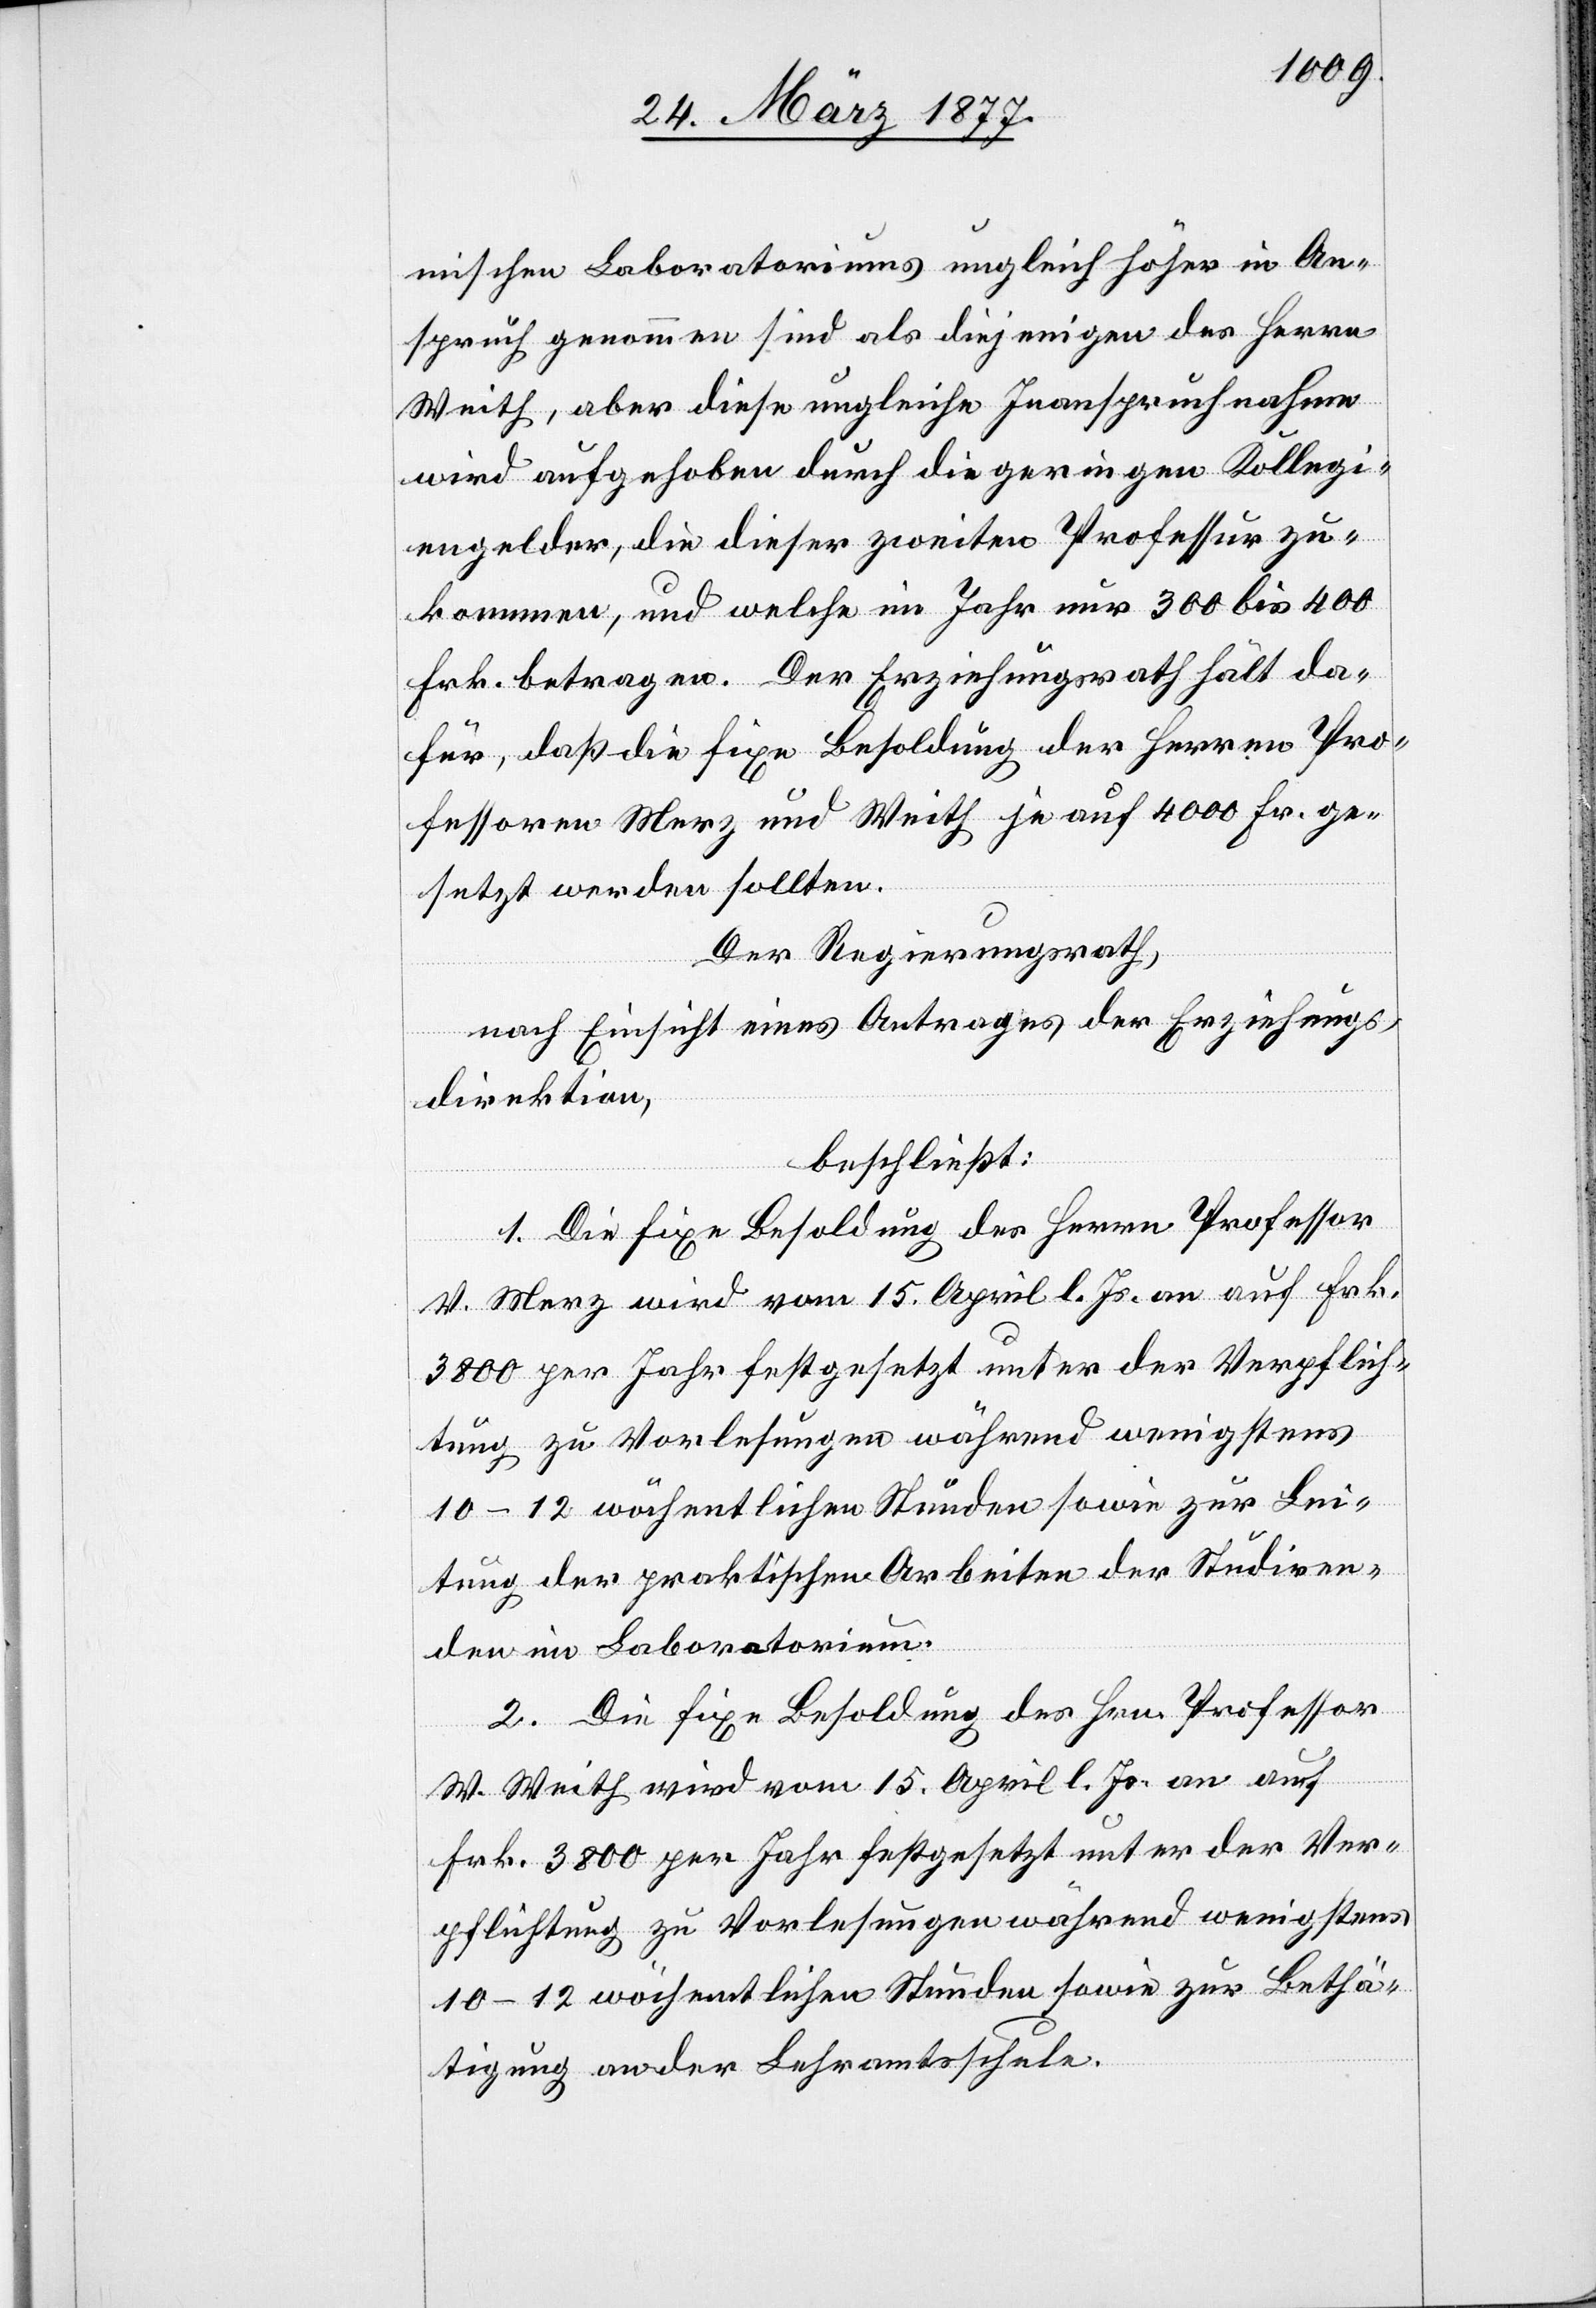
mischen Laboratoriums ungleich höher in An¬
spruch genommen sind als diejenigen des Herrn
Weith, aber diese ungleiche Inanspruchnahme
wird aufgehoben durch die geringen Kollegi¬
engelder, die dieser zweiten Professur zu¬
kommen, und welche im Jahr nur 300 bis 400
Frk. betragen. Der Erziehungsrath hält da¬
für, daß die fixe Besoldung der Herren Pro¬
fessoren Merz und Weith je auf 4000 Fr. ge¬
setzt werden sollten.
Der Regierungsrath,
nach Einsicht eines Antrages der Erziehungs¬
direktion,
beschließt:
1. Die fixe Besoldung des Herrn Professor
V. Merz wird vom 15. April l. Js. an auf Frk.
3800 per Jahr festgesetzt unter der Verpflich¬
tung zu Vorlesungen während wenigstens
10–12 wöchentlichen Stunden sowie zur Lei¬
tung der praktischen Arbeiten der Studiren¬
den im Laboratorium.
2. Die fixe Besoldung des Hrn. Professor
W. Weith wird vom 15. April l. Js. an auf
Frk. 3800 per Jahr festgesetzt unter der Ver¬
pflichtung zu Vorlesungen während wenigstens
10–12 wöchentlichen Stunden sowie zur Bethä¬
tigung an der Lehramtsschule.